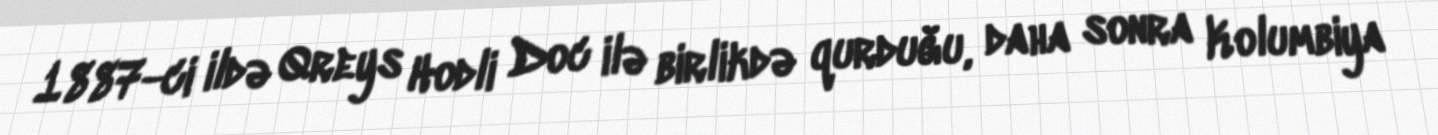
1887-ci ildə Qreys Hodli Doc ilə birlikdə qurduğu, daha sonra Kolumbiya